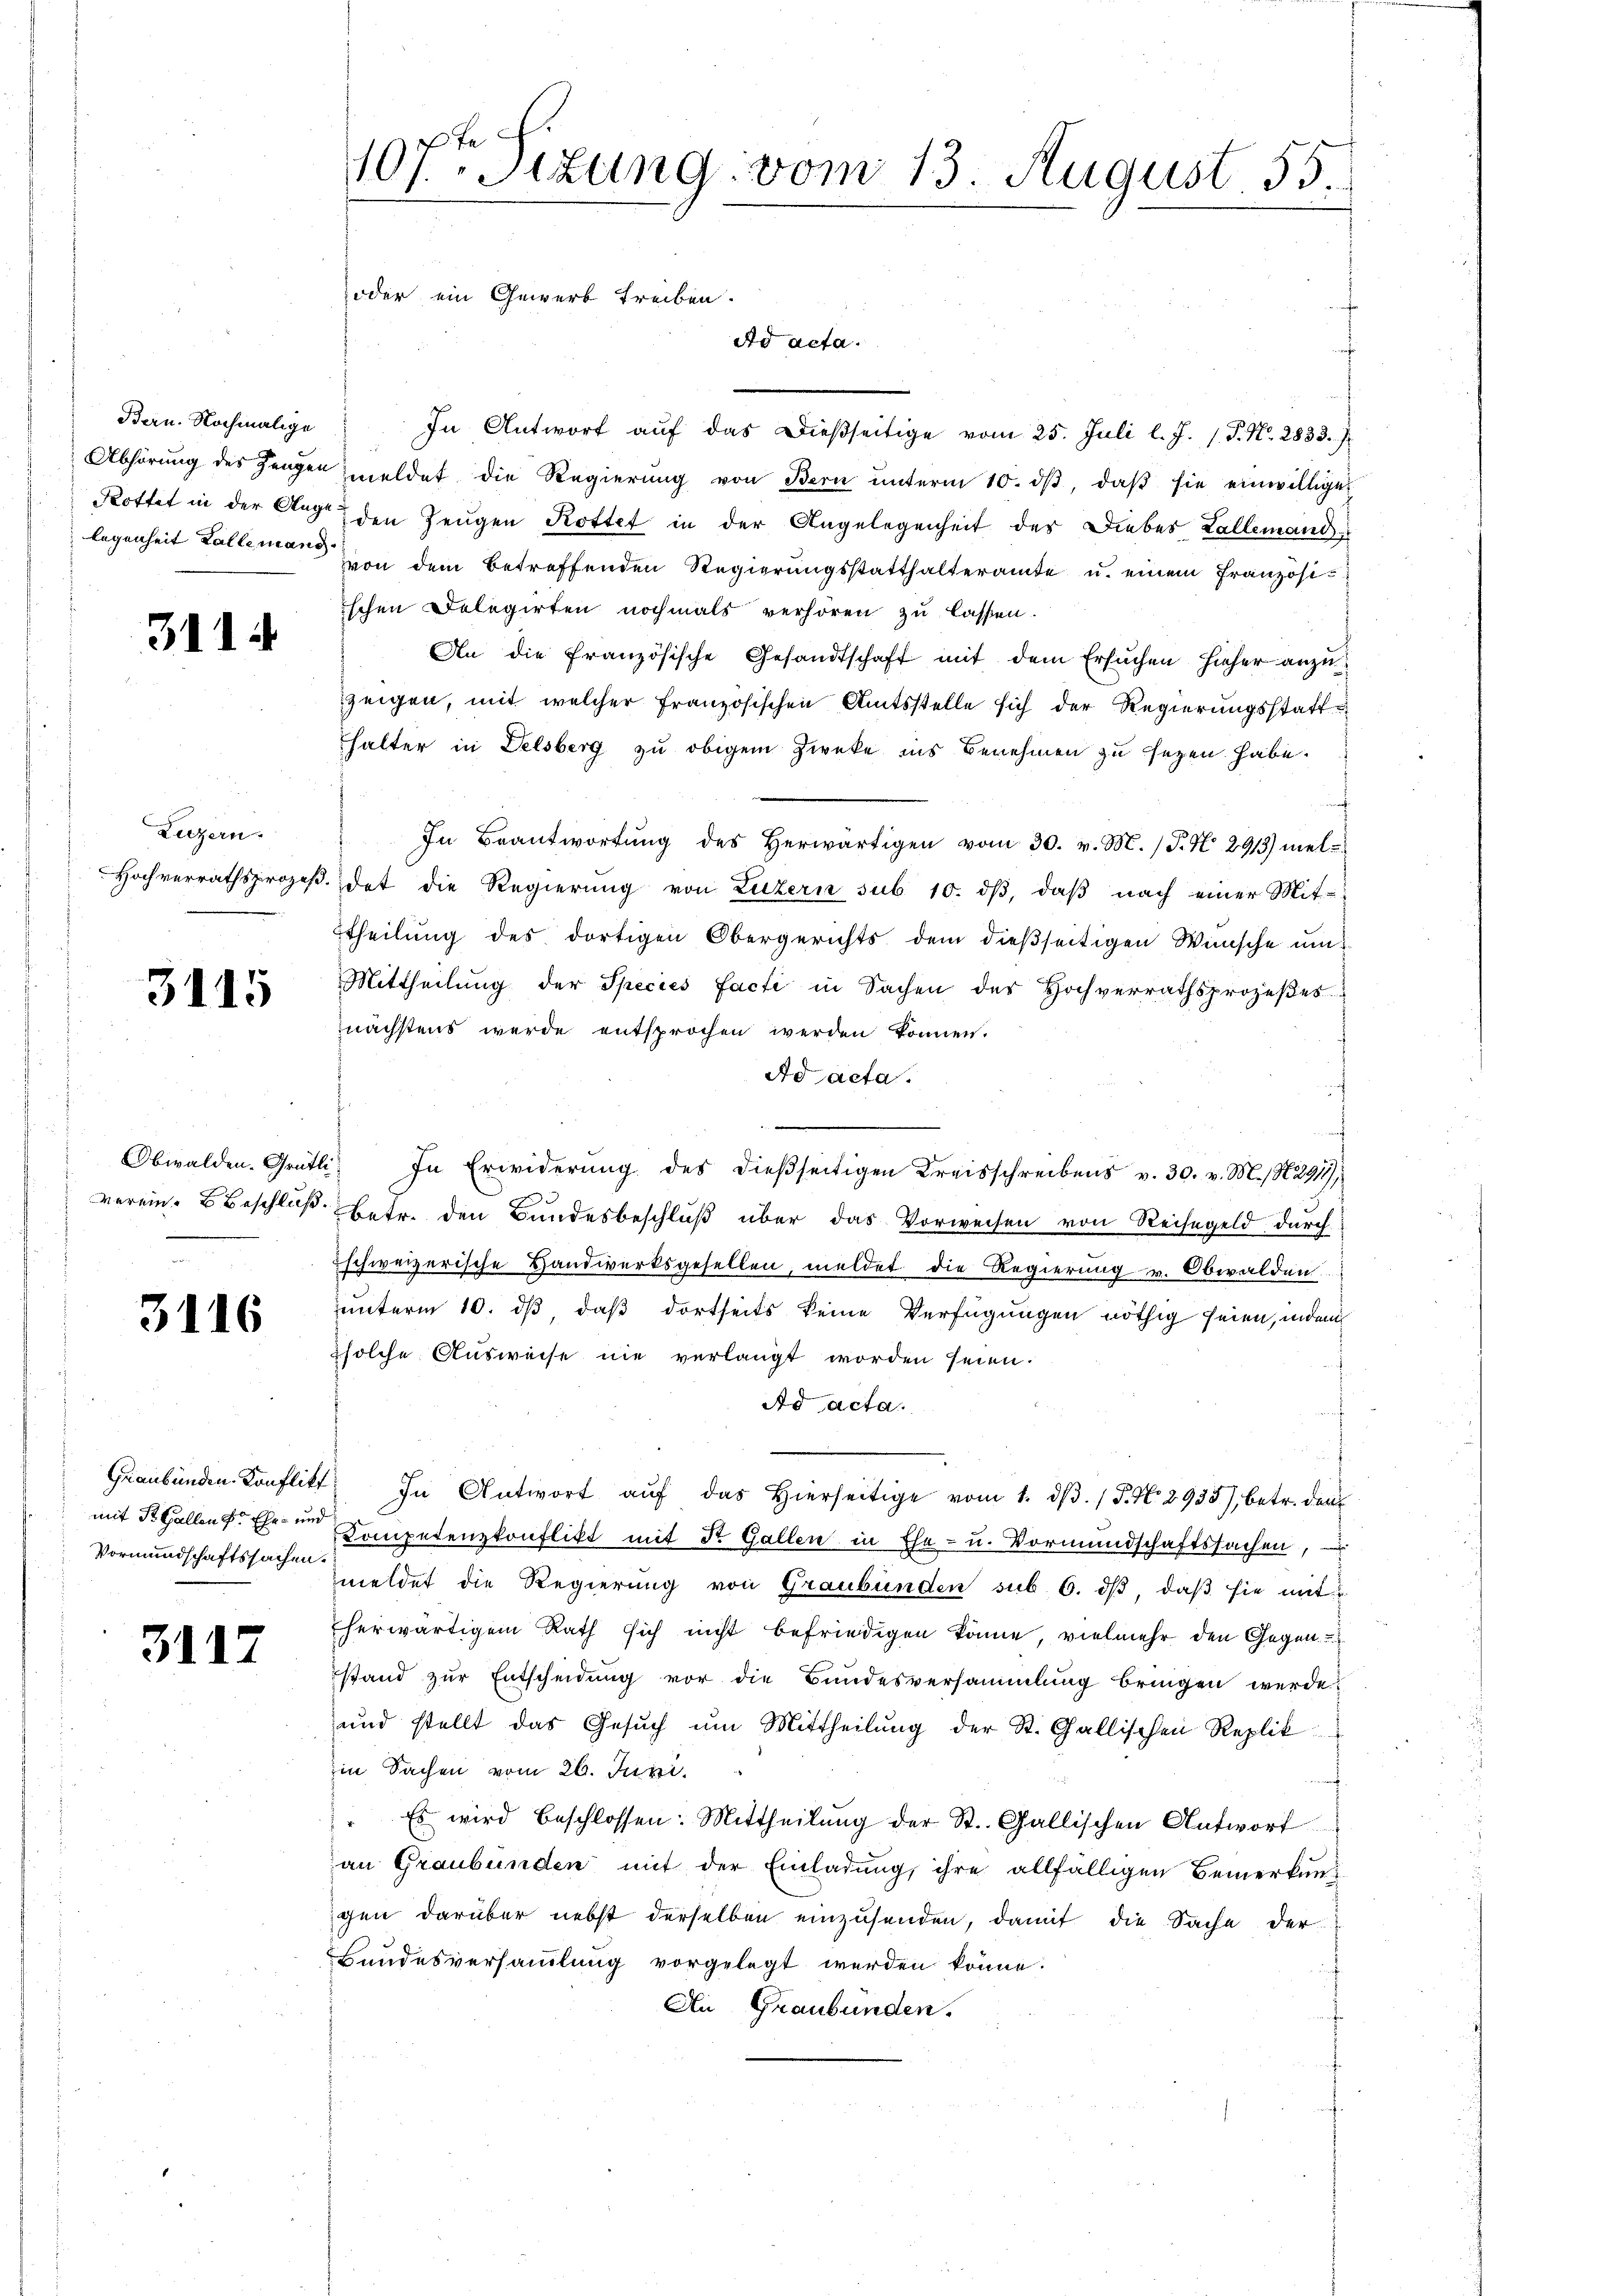
Bern. Nochmalige

3114

Luzern
Hochverrathsprozeß

3115

verein. Beschluß

3116

Vormundschaftssachen.

3117

s
107ten Sitzung vom 13. August 55.
oder ein Gewerb treiben.

Ad acta.

In Antwort auf das dießseitige vom 25. Juli l. J. /. P. Nr. 2833.
Abhörŭng des Zeugen meldet die Regierŭng von Bern ŭnterm 10. dβ, daβ sie einwillige
Rottet in der Auge den Zeugen Rottet in der Angelegenheit der Diebes Kallemandlegenheit Kollemann in dem betreffenden Regierungsstatthalteramte u. einem Französiischen Dolegirten nochmals verhören zu lassen.
An die französische Gesandtschaft mit dem Ersuchen hieher anzuzeigen, mit welcher französischen Amtsstelle sich der Regierungsstatthalter in Delsberg zu obigem Zweke ins Benehmen zu sezen habe.
In Beantwortŭng des herwärtigen vom 30. v. M. (T. N. 2913) mel¬
3. dat die Regierung von Luzern sub 10. dβ, daβ nach einer Mit-
ttheilung des dortigen Obergerichts dem dießseitigen Wünsche um
Mittheilung der Species facte in Sachen des Hochverrathsprozeßes
nächstens werde entsprochen werden können.
Ad acta.
Obwalden. Grütli. In Erwiderŭng des dießseitigen Kreisschreibens v. 30. v. M., N. 2911
betr. den Bundesbeschluß über das Vorweisen von Reisegeld durch
schweizerische Handwerksgesellen, meldet die Regierung v. Obwalden.
unterm 10. ds, daß dortseits keine Verfügungen nöthig seien, indem
zsolche Ausweise nie verlangt worden seien.
Ad acta.
Graubünden. Konflikt, In Antwort aŭf das hierseitige vom 1. dβ. / P. Nr. 2935), betr. den
mit St. Gallen. Er in Competenzkonflikt mit St. Gallen in Ehe- u. Vormundschaftssachen,
meldet die Regierung von Graubünden sub 6. dβ, daβ sie mit
herwärtigem Rath sich nicht befriedigen könne, vielmehr den Gegen
stand zur Entscheidung vor die Bundesversammlung bringen werde?
und stellt das Gesŭch um Mittheilung der St. Gallischen Replik
Ein Sachen vom 26. Juni.
" Es wird beschlossen: Mittheilŭng der St. Gallischen Antwort
an Graubünden mit der Einladung, ihre allfälligen Bemerkunchen darüber nebst derselben einzusenden, damit die Sache der
Bundesversammlung vorgelegt werden könne.
Ai Graubünden.